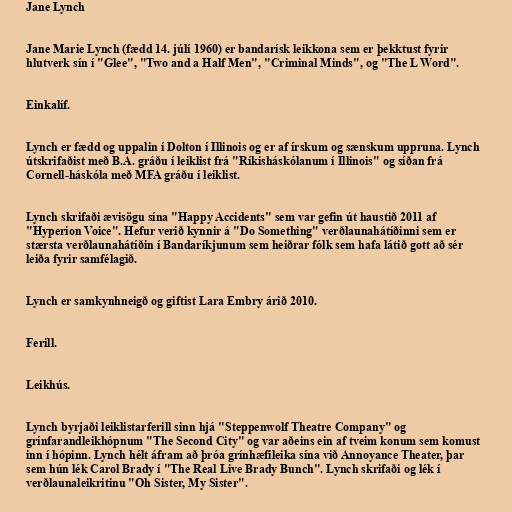
Jane Lynch

Jane Marie Lynch (fædd 14. júlí 1960) er bandarísk leikkona sem er þekktust fyrir
hlutverk sín í "Glee", "Two and a Half Men", "Criminal Minds", og "The L Word".

Einkalíf.

Lynch er fædd og uppalin í Dolton í Illinois og er af írskum og sænskum uppruna. Lynch
útskrifaðist með B.A. gráðu í leiklist frá "Ríkisháskólanum í Illinois" og síðan frá
Cornell-háskóla með MFA gráðu í leiklist.

Lynch skrifaði ævisögu sína "Happy Accidents" sem var gefin út haustið 2011 af
"Hyperion Voice". Hefur verið kynnir á "Do Something" verðlaunahátíðinni sem er
stærsta verðlaunahátíðin í Bandaríkjunum sem heiðrar fólk sem hafa látið gott að sér
leiða fyrir samfélagið.

Lynch er samkynhneigð og giftist Lara Embry árið 2010.

Ferill.

Leikhús.

Lynch byrjaði leiklistarferill sinn hjá "Steppenwolf Theatre Company" og
grínfarandleikhópnum "The Second City" og var aðeins ein af tveim konum sem komust
inn í hópinn. Lynch hélt áfram að þróa grínhæfileika sína við Annoyance Theater, þar
sem hún lék Carol Brady í "The Real Live Brady Bunch". Lynch skrifaði og lék í
verðlaunaleikritinu "Oh Sister, My Sister".